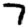
Digit: 7